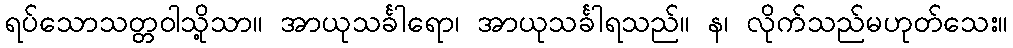
ရပ်သောသတ္တဝါသို့သာ။ အာယုသင်္ခါရော၊ အာယုသင်္ခါရသည်။ န၊ လိုက်သည်မဟုတ်သေး။